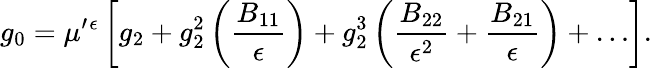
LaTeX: g_{0}=\mu^{\prime}{}^{\epsilon}\left[g_{2}+g_{2}^{2}\left(\frac{B_{11}}{\epsilon}\right)+g_{2}^{3}\left(\frac{B_{22}}{\epsilon^{2}}+\frac{B_{21}}{\epsilon}\right)+\dots\right].